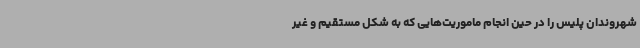
شهروندان پلیس را در حین انجام ماموریت‌هایی که به شکل مستقیم و غیر